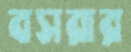
বসরার